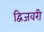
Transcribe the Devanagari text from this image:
द्विजवरी